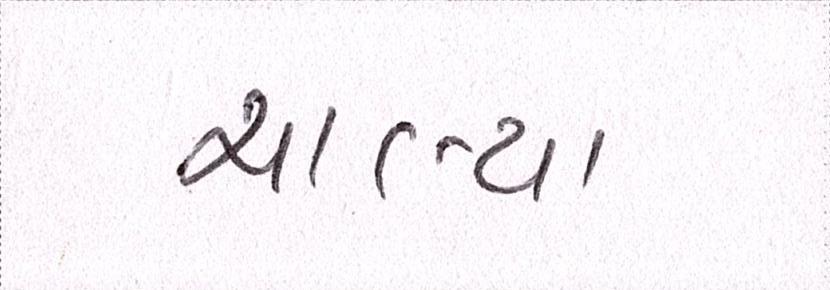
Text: ચાલ્યા